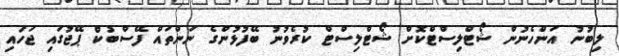
ލިބުނު އަންހެނުން ޝޯޓްލިސްޓްކޮށް ޝޯޓްލިސްޓް ކުރެވުނު ބޭފުޅުންގެ ނަންތައް ފޭސްބުކް ޕޭޖުގައި ޖަހައި